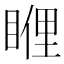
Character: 𥈯